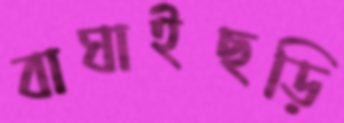
বাঘাইছড়ি